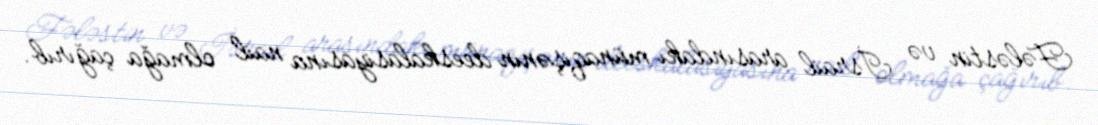
Fələstin və İsrail arasındakı münaqişənin deeskalasiyasına nail olmağa çağırıb.